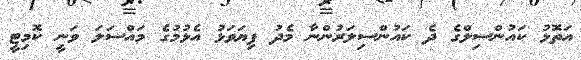
އަތޮޅު ކައުންސިލްގެ ދެ ކައުންސިލަރުންނާ މެދު ފިޔަވަޅު އެޅުމުގެ މައްސަލަ ވަނީ ކޮމިޓީ